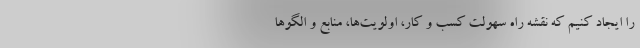
را ایجاد کنیم که نقشه راه سهولت کسب و کار، اولویت‌ها، منابع و الگوها